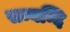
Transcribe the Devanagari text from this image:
सम्बन्दि